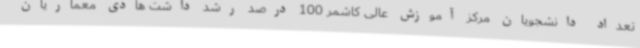
تعداد دانشجویان مرکز آموزش عالی کاشمر 100 درصد رشد داشت هادی معماریان